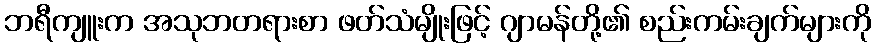
ဘရီကျူးက အသုဘတရားစာ ဖတ်သံမျိုးဖြင့် ဂျာမန်တို့၏ စည်းကမ်းချက်များကို